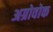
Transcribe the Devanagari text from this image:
अग्रोवोक